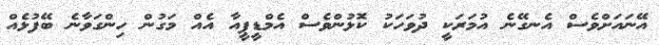
އޭނައަށްވެސް އެނގޭނެ އުމަރަކީ ދުވަހަކު ކޮޅުންވެސް އެމްޑީޕީއާ އެއް މަގުން ހިންގަވާނެ ބޭފުޅެއް